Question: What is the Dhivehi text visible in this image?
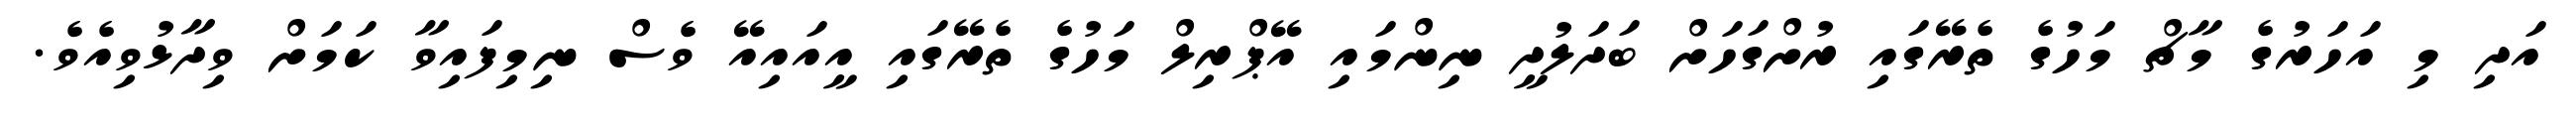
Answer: އަދި މި އަހަރުގެ މާޗް މަހުގެ ތެރޭގައި ރުށްގަހަށް ބަދަލުދީ ނިންމައި އޭޕްރިލް މަހުގެ ތެރޭގައި އީއައިއޭ ވެސް ނިމިފައިވާ ކަމަށް ވިދާޅުވިއެވެ.